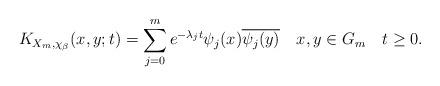
LaTeX: \begin{align*}K_{X_{m},\chi_{\beta}}(x,y;t)= \sum_{j=0}^{m}e^{-\lambda_j t} \psi_j(x)\overline{\psi_j (y)}\,\,\,\,\,\, x,y\in G_m \,\,\,\,\,\,t\geq0.\end{align*}